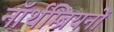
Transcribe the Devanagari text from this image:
नॉर्थम्ब्रियनों